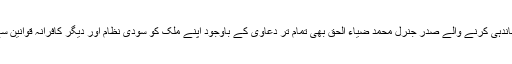
حتیٰ کہ خود اس تلخ حقیقت کی نشاندہی کرنے والے صدر جنرل محمد ضیاء الحق بھی تمام تر دعاویٰ کے باوجود اپنے ملک کو سودی نظام اور دیگر کافرانہ قوانین سے ابھی تک نجات نہیں دلا سکے۔